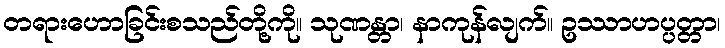
တရားဟောခြင်းစသည်တို့ကို။ သုဏန္တာ၊ နာကုန်လျက်။ ဥဿာဟပ္ပတ္တာ၊